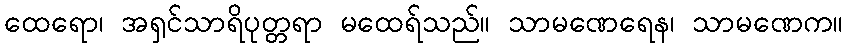
ထေရော၊ အရှင်သာရိပုတ္တရာ မထေရ်သည်။ သာမဏေရေန၊ သာမဏေက။